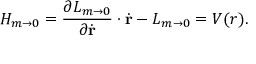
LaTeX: { \cal H } _ { m \to 0 } = { \frac { \partial { \cal L } _ { m \to 0 } } { \partial \dot { \mathrm { \bf r } } } } \cdot \dot { \mathrm { \bf r } } - { \cal L } _ { m \to 0 } = V ( r ) .